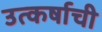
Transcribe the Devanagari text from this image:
उत्कर्षाची